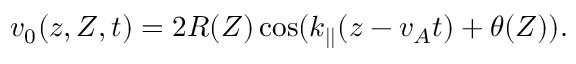
v _ { 0 } ( z , Z , t ) = 2 R ( Z ) \cos ( k _ { | | } ( z - v _ { A } t ) + \theta ( Z ) ) .